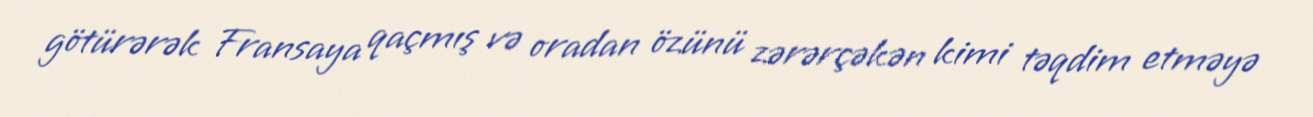
götürərək Fransaya qaçmış və oradan özünü zərərçəkən kimi təqdim etməyə